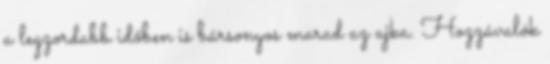
a legzordabb időben is bársonyos marad az ajka. Hozzávalók